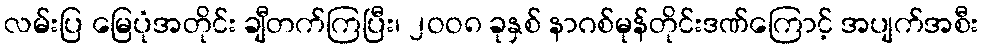
လမ်းပြ မြေပုံအတိုင်း ချီတက်ကြပြီး၊ ၂ဝဝ၈ ခုနှစ် နာဂစ်မုန်တိုင်းဒဏ်ကြောင့် အပျက်အစီး